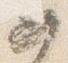
如